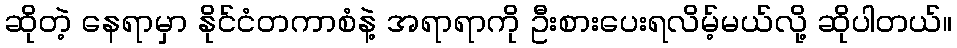
ဆိုတဲ့ နေရာမှာ နိုင်ငံတကာစံနဲ့ အရာရာကို ဦးစားပေးရလိမ့်မယ်လို့ ဆိုပါတယ်။